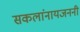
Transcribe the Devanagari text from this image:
सकलांनायजननी